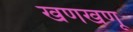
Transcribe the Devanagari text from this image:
खणखणू